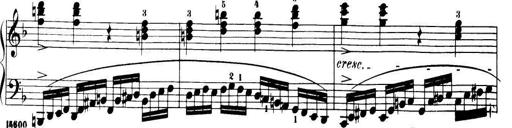
Title: 32 Sonatinas and Rondos for the Piano
Composer: Richard Kleinmichel